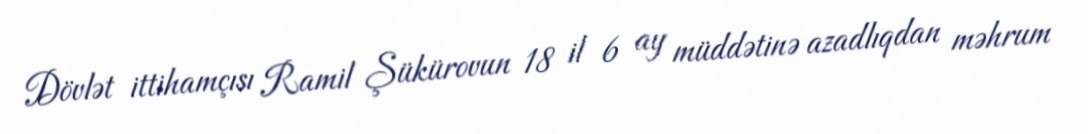
Dövlət ittihamçısı Ramil Şükürovun 18 il 6 ay müddətinə azadlıqdan məhrum